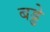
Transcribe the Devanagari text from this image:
बड्डे